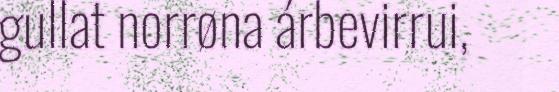
gullat norrøna árbevirrui,